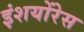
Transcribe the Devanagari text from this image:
इंशयोंरेस